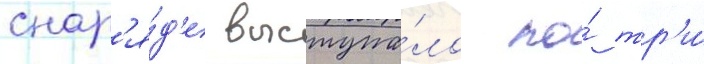
снар'я́д'е выступа́ло по́ тр'и́